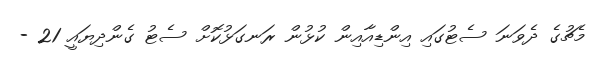
މެޗުގެ ދެވަނަ ސެޓުގައި އިންޑިއާއިން ކުޅުން ރަނގަޅުކޮށް ސެޓު ގެންދިޔައީ 21 -